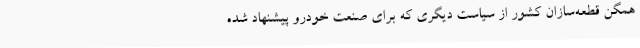
همگن قطعه‌سازان کشور از سیاست دیگری که برای صنعت خودرو پیشنهاد شده